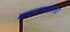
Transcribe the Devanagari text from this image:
नारायणमहाराज